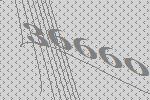
36660